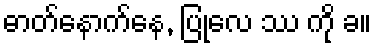
ဓာတ်နောက်နေ, ပြုလေ ဿ ကို ခ။